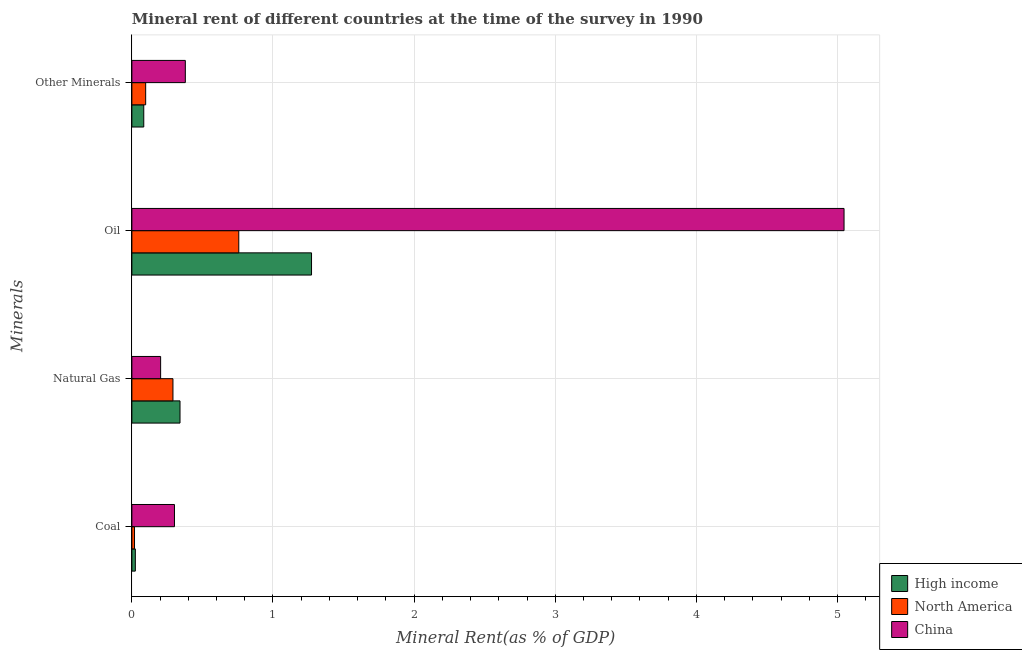
| Minerals | High income | North America | China |
 | --- | --- | --- | --- |
 | Coal | 0.0246 | 0.0187 | 0.302 |
 | Natural Gas | 0.341 | 0.291 | 0.204 |
 | Oil | 1.27 | 0.758 | 5.05 |
 | Other Minerals | 0.0842 | 0.0977 | 0.379 |